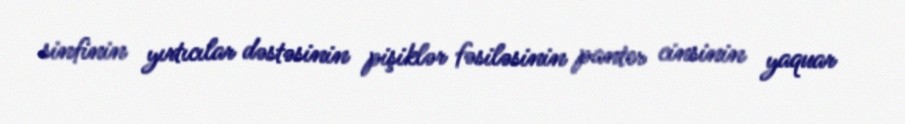
sinfinin yırtıcılar dəstəsinin pişiklər fəsiləsinin panter cinsinin yaquar